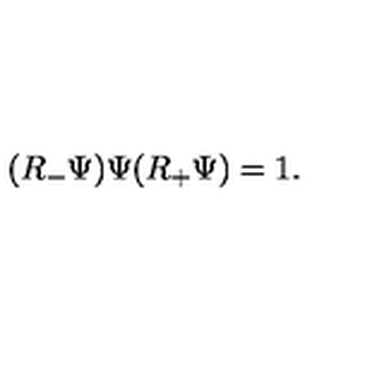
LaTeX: ( R _ { - } \Psi ) \Psi ( R _ { + } \Psi ) = 1 .